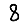
Digit: 8